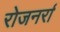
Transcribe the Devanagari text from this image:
रोजनर्रा